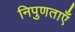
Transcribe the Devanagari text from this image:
निपुणताएँ